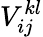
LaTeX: V_{ij}^{kl}